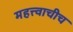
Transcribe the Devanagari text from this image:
महत्त्वाचीच